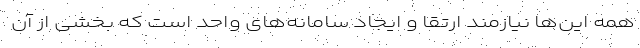
همه این‌ها نیازمند ارتقا و ایجاد سامانه‌های واحد است که بخشی از آن